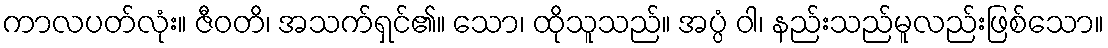
ကာလပတ်လုံး။ ဇီဝတိ၊ အသက်ရှင်၏။ သော၊ ထိုသူသည်။ အပ္ပံ ဝါ၊ နည်းသည်မူလည်းဖြစ်သော။